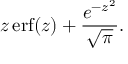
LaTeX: z \operatorname { e r f } ( z ) + { \frac { e ^ { - z ^ { 2 } } } { \sqrt { \pi } } } .